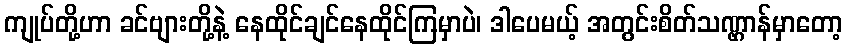
ကျုပ်တို့ဟာ ခင်ဗျားတို့နဲ့ နေထိုင်ချင်နေထိုင်ကြမှာပဲ၊ ဒါပေမယ့် အတွင်းစိတ်သဏ္ဌာန်မှာတော့